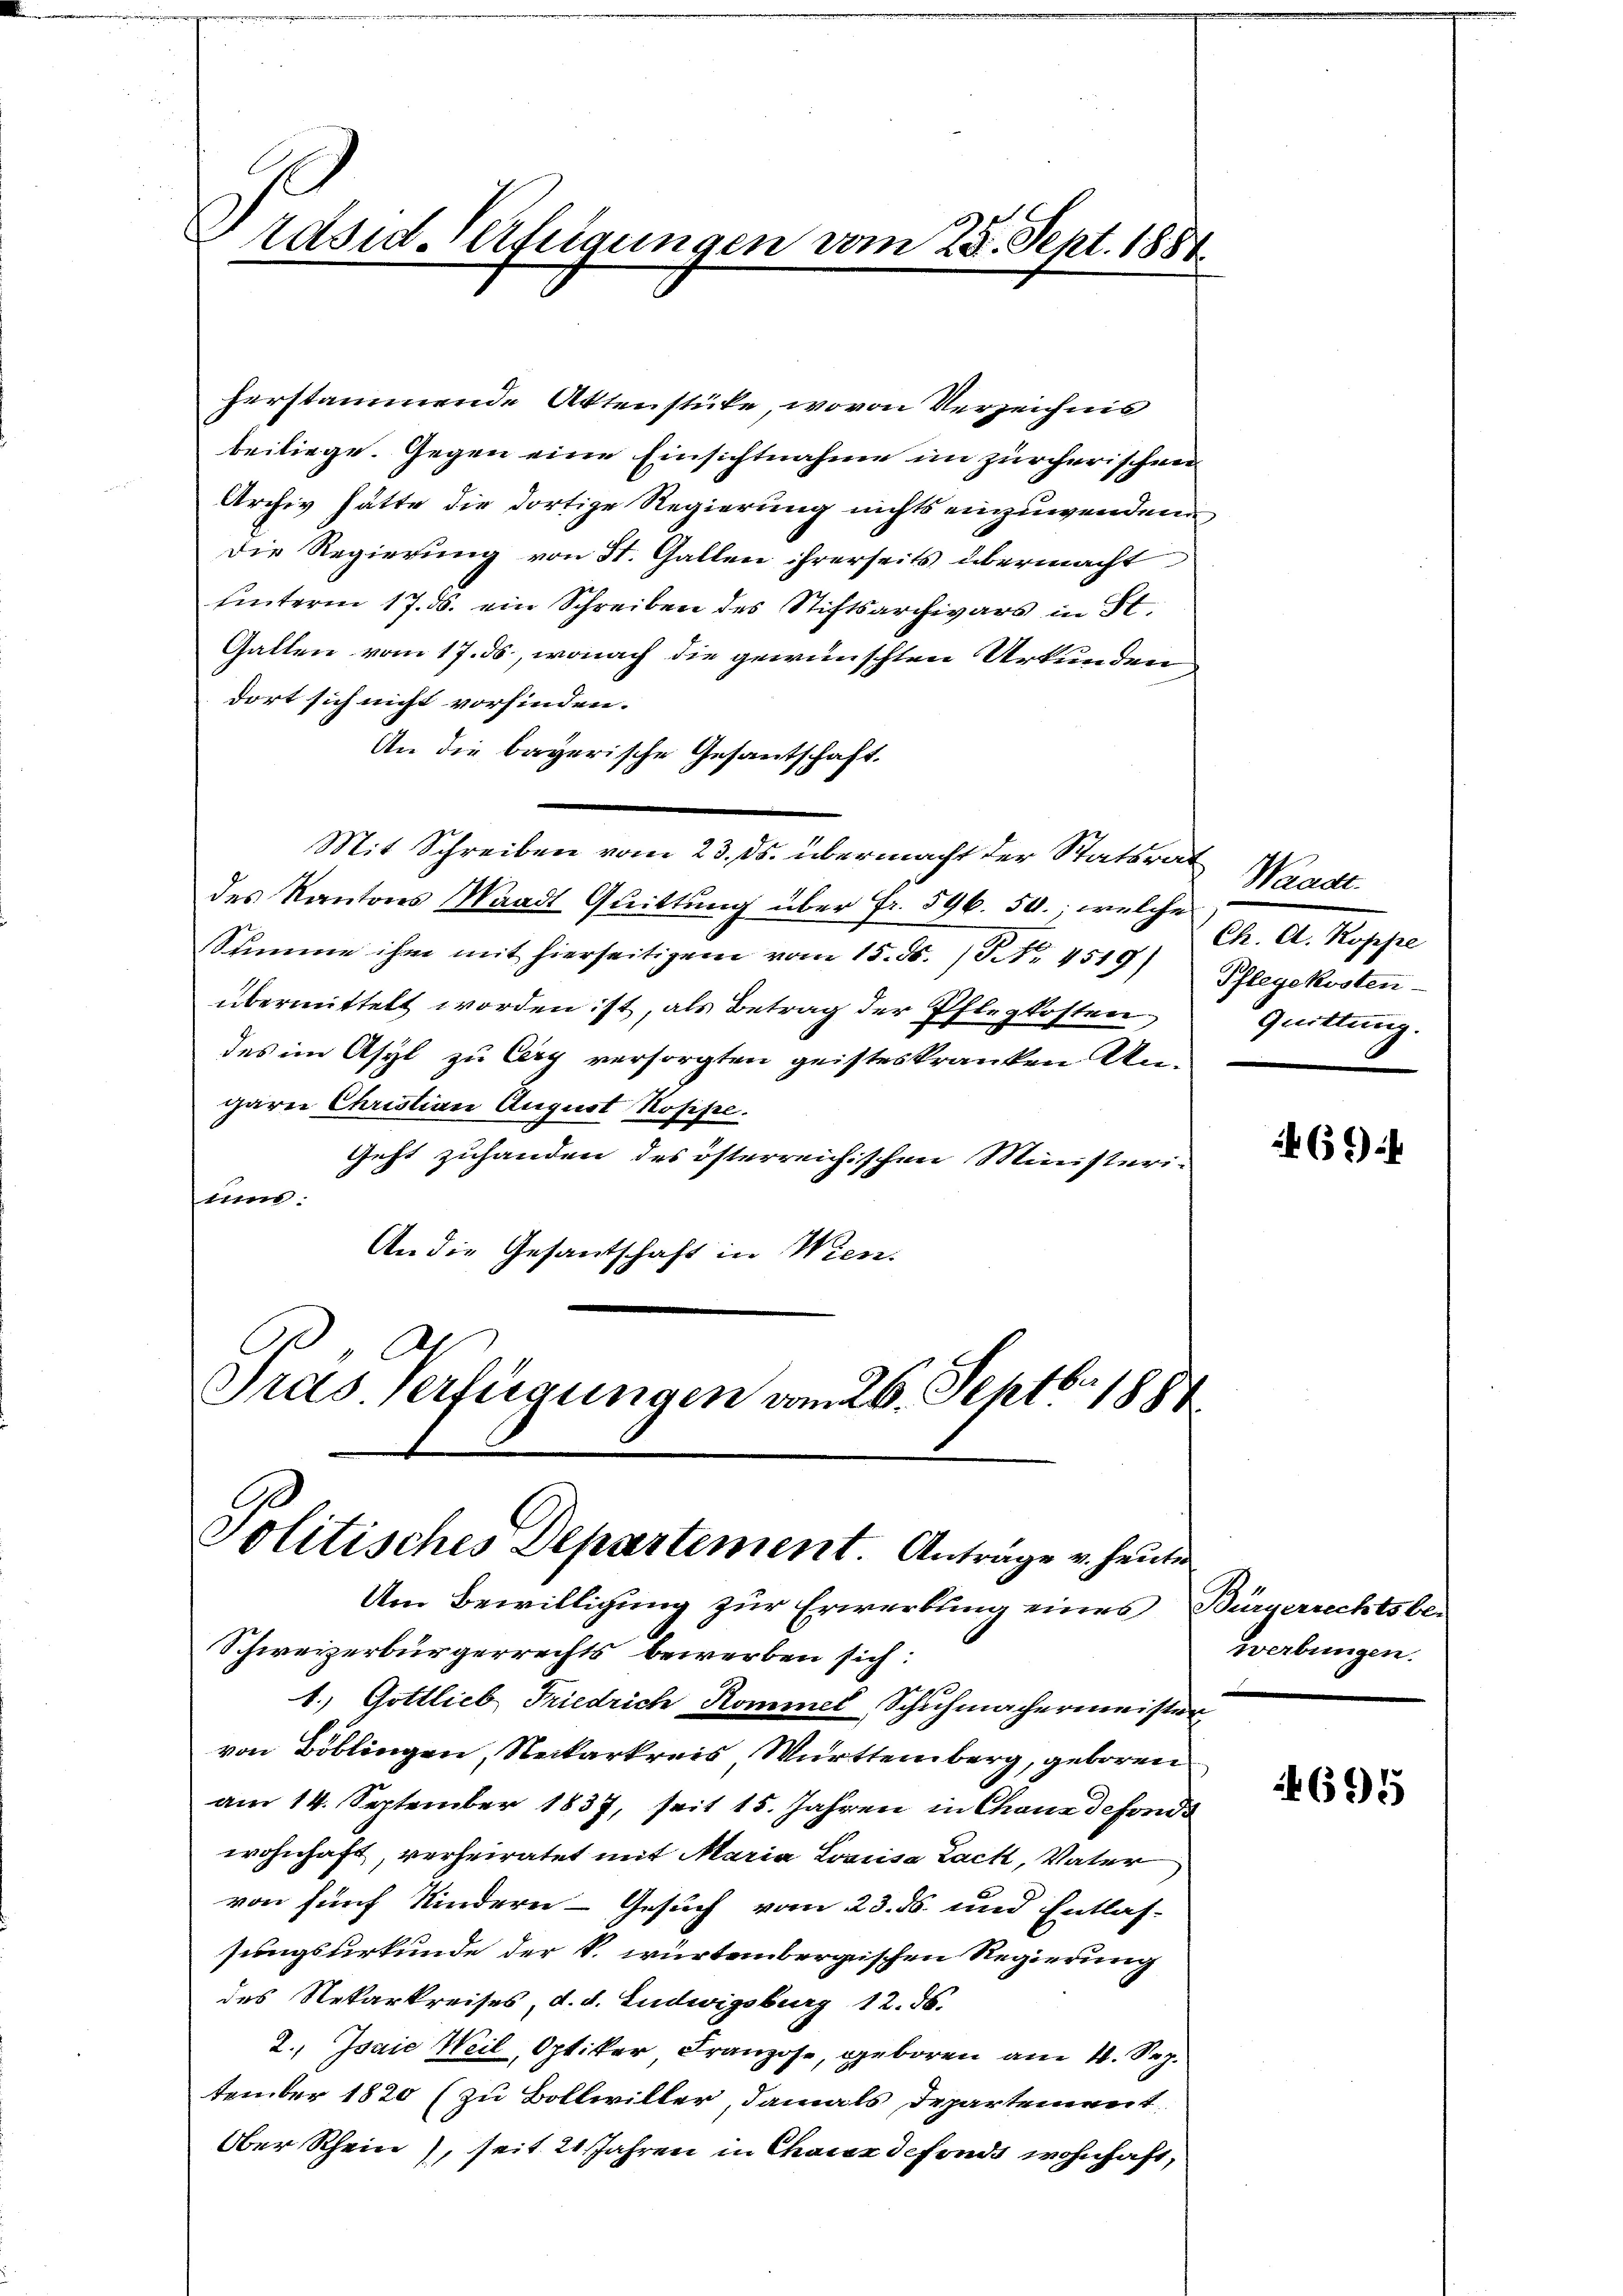
Präsid-Verfeigungen vom 28. Sept. 1881
e

herstammende Aktenstücke, wovon Verzeichnis
beiliege. Gegen eine Einsichtnahme im zürcherischen
Archiv hätte die dortige Regierung nichts einzuwendene
Die Regierung von St. Gallen ihrerseits übermacht
hinterm 17. ds. ein Schreiben des Stiftsarchivars in St.
Gallen vom 17. ds, wonach die gewünschten Urkunden
dort sich nicht vorfinden.
An die bayerische Gesantschaft.
Mit Schreiben vom 23. ds. übermacht der Statsrat
des Kantons Waadt Quittung über Fr. 596. 50.; welche
Summe ihm mit hierseitigem vom 15. ds. 13. No. 4519) Pflegekosten-
übermittelt worden ist, als Betrag der Pflegkosten,
des im Asyl zu Cery versorgten geisteskranken Ungaren Christian August Koppe
Geht zuhanden des österreichischen Ministerirum.
An die Gesantschaft in Wien.
C
Al
Präs. Verfügungen vom 26. Septbr. 1884

Politisches Departement. Anträge u. heuten
Um Bewilligung zur Erwerbung eines Bürgerrechtsbe¬

Schweizerbürgerrechts bewerben sich:
1.) Gottlieb Friedrich Kommel, Schuhmachermeister
von Böblingen, Neckarkreis Württemberg, geboren
am 14. September 1837, seit 15. Jahren in Chane defonds
wohnhaft, verheiratet mit Maria Lausa Lack, Vater
von fünf Kindern - Gesuch vom 23. ds. und Entlas-
sungsurkunde der k. würtembergischen Regierung
des Nekarkreises, d. d. Ludwigsburg 12. ds.
2., Isaie Weil, Optiker Franzose, geboren am 4. Sep.
tember 1820 (zu Bollwiller, damals Departement
Ober Rhein), seit 21 Jahren in Chauer defonds wohnhaft,

Waadt.
Ch. A. Koppe
quittung.

6x

werbungen.

695